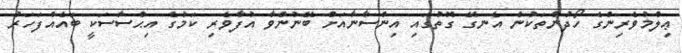
ޢިލްމުވެރިންގެ ހޯދުންތަކުން އެނގޭ ގޮތުގައި އިންސާނާއަށް ބޭނުންވާ އުފާވެރި ކަމުގެ އިޙްސާސަކީ ބައެއްފަހަރު